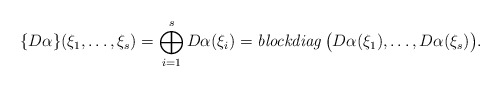
\begin{align*}\{D\alpha \}(\xi_1,\ldots,\xi_s)=\bigoplus_{i=1}^s D\alpha(\xi_i) = \textrm{\emph{blockdiag}}\,\big(D\alpha(\xi_1),\ldots,D\alpha(\xi_s) \big).\end{align*}